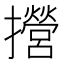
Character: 攚